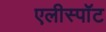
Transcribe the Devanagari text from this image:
एलीस्पॉट